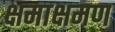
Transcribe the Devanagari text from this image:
क्षमाक्षमण